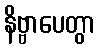
နိဗ္ဗာပေတွာ